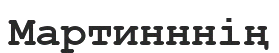
Мартинннің